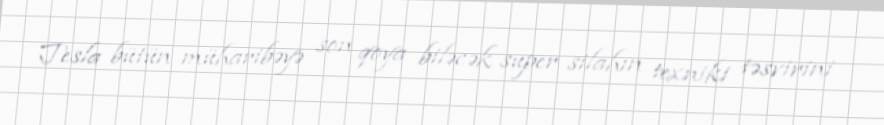
Tesla bütün müharibəyə son qoya biləcək super silahın texniki təsvirini